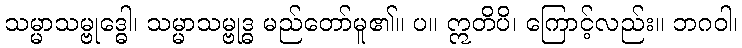
သမ္မာသမ္ဗုဒ္ဓေါ၊ သမ္မာသမ္ဗုဒ္ဓ မည်တော်မူ၏။ ပ။ ဣတိပိ၊ ကြောင့်လည်း။ ဘဂဝါ၊